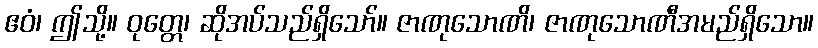
ဧဝံ၊ ဤသို့။ ဝုတ္တေ၊ ဆိုအပ်သည်ရှိသော်။ ဇာဏုသောဏိ၊ ဇာဏုသောဏီအမည်ရှိသော။